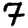
Digit: 7